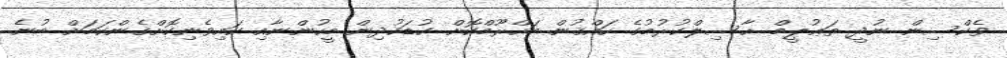
ވެކްސިން ނުދީ ތަޢުލީމް ޙާސިލްކުރުމުގެ ހައްޤުން މަހްރޫމްކޮށް ކުޑަކުދިން މީހުންނާއި ކައިވެނިކޮށްގެންކަމަށް ބުނެ